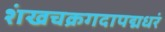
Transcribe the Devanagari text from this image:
शंखचक्रगदापद्मधरं